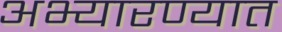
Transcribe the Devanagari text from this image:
अभ्यारण्यात